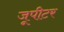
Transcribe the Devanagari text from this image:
जूपीटर